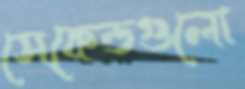
সেকেন্ডগুলো